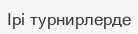
Ірі турнирлерде